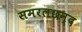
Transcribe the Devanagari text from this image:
समरलछन्द